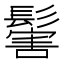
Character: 𩮝